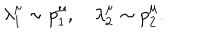
\lambda _ { 1 } ^ { \mu } \sim p _ { 1 } ^ { \mu } , \quad \lambda _ { 2 } ^ { \mu } \sim p _ { 2 } ^ { \mu } .